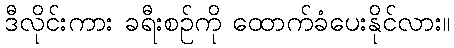
ဒီလိုင်းကား ခရီးစဉ်ကို ထောက်ခံပေးနိုင်လား။